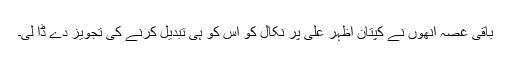
باقی غصہ اُنھوں نے کپتان اظہر علی پر نکال کو اُس کو ہی تبدیل کرنے کی تجویز دے ڈا لی۔